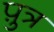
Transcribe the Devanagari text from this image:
प़ुत्र